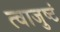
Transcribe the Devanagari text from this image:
त्वाजुष्टं